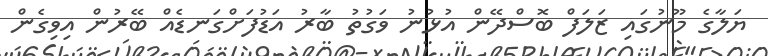
ޔަލާގެ މޫނުގައި ޒަލަފް ބޮސްދޭން އުޅުނު ވަގުތު ބާރު އަޑުފަށްގަނޑެއް ބޭރުން އިވިގެން